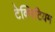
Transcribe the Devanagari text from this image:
टेक्निटियम